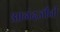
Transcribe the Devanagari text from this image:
आनंदजींनी